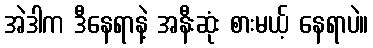
အဲဒါက ဒီနေရာနဲ့ အနီးဆုံး စားမယ့် နေရာပဲ။